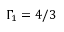
\Gamma _ { 1 } = 4 / 3